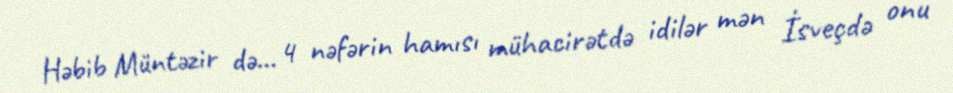
Həbib Müntəzir də... 4 nəfərin hamısı mühacirətdə idilər mən İsveçdə onu